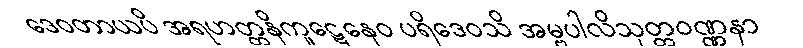
ဒေဝတာယပိ အရဟတ္တနိကူဋေနေဝ ပရိဒေဝသိ အမ္ဗပါလိသုတ္တဝဏ္ဏနာ